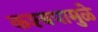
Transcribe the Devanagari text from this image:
कश्यपामुळे